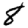
Digit: 8